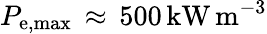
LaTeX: P_{\mathrm{{e,max}}}\, \approx\, 500\, \mathrm{{kW\, m^{-3}}}